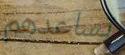
تساعدهم